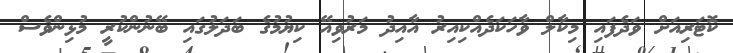
ކޮޓަރިއަށް ވަދެފައި މިކާލް ވާހަކަދެއްކިއިރު އާއިދު މަރުވިއޭ ކިޔުމުގެ ބަދަލުގައި ބޭނުންކުރީ މުޅިންވެސް